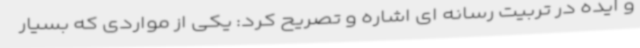
و ایده در تربیت رسانه ای اشاره و تصریح کرد: یکی از مواردی که بسیار